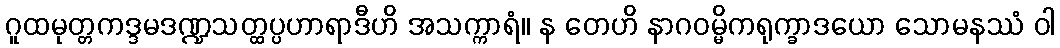
ဂူထမုတ္တကဒ္ဒမဒဏ္ဍသတ္ထပ္ပဟာရာဒီဟိ အသက္ကာရံ။ န တေဟိ နာဂဝမ္မိကရုက္ခာဒယော သောမနဿံ ဝါ